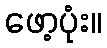
ဖော့ပုံး။